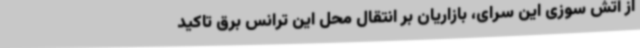
از آتش سوزی این سرای، بازاریان بر انتقال محل این ترانس برق تاکید